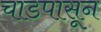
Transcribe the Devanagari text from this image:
चाडपासून